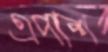
এপাশ